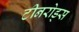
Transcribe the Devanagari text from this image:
टीनरोड्स